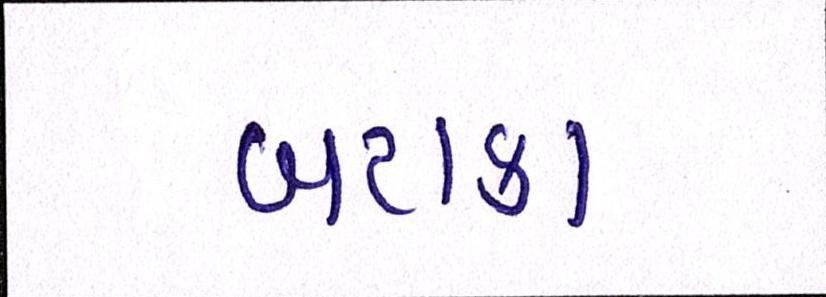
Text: બટાકા